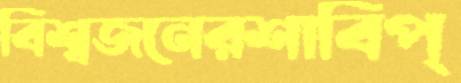
বিশ্বজনেরশাবিপ্